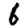
Digit: 6